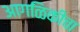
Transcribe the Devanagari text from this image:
आगळिकीचा